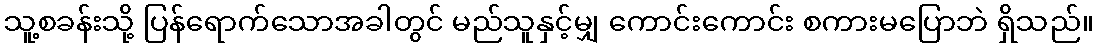
သူ့စခန်းသို့ ပြန်ရောက်သောအခါတွင် မည်သူနှင့်မျှ ကောင်းကောင်း စကားမပြောဘဲ ရှိသည်။